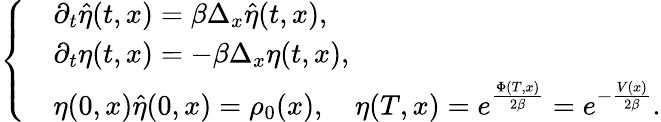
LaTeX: \left\{ \begin{array}{rl}&{\partial_{t}\hat{\eta}(t,x)=\beta\Delta_{x}\hat{\eta}(t,x),}\\ &{\partial_{t}\eta(t,x)=-\beta\Delta_{x}\eta(t,x),}\\ &{\eta(0,x)\hat{\eta}(0,x)=\rho_{0}(x),\quad\eta(T,x)=e^{\frac{\Phi(T,x)}{2\beta}}=e^{-\frac{V(x)}{2\beta}}.}\end{array}\right.